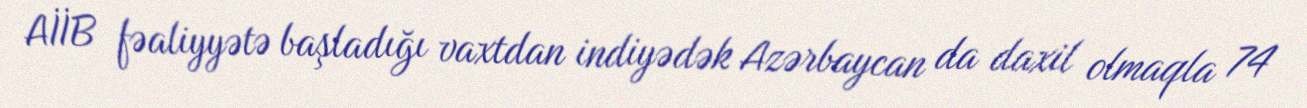
AİİB fəaliyyətə başladığı vaxtdan indiyədək Azərbaycan da daxil olmaqla 74